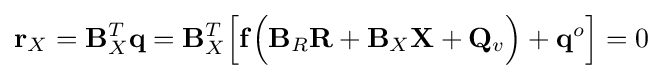
\mathbf {r} _{X}=\mathbf {B} _{X}^{T}\mathbf {q} =\mathbf {B} _{X}^{T}{\Big [}\mathbf {f} {\Big (}\mathbf {B} _{R}\mathbf {R} +\mathbf {B} _{X}\mathbf {X} +\mathbf {Q} _{v}{\Big )}+\mathbf {q} ^{o}{\Big ]}=0